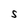
Character: S